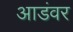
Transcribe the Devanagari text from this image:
आडंवर